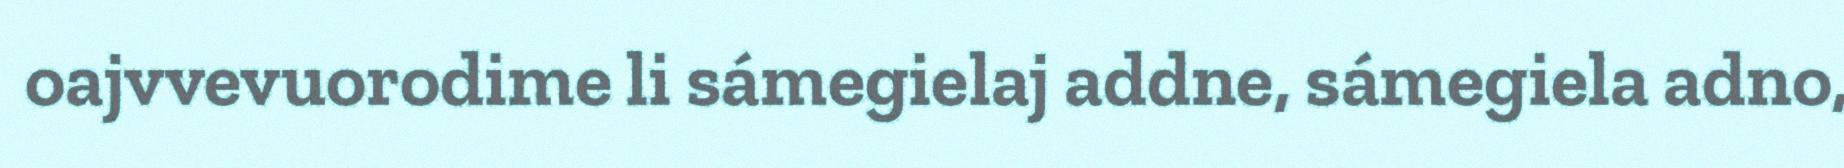
oajvvevuorodime li sámegielaj addne, sámegiela adno,